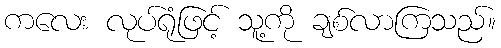
ကလေး လုပ်ရုံဖြင့် သူ့ကို ချစ်လာကြသည်။